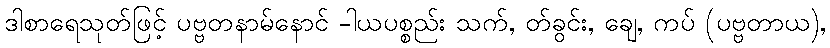
ဒါစာရေသုတ်ဖြင့် ပဗ္ဗတနာမ်နောင် -ါယပစ္စည်း သက်, တ်ခွင်း, ချေ, ကပ် (ပဗ္ဗတာယ),